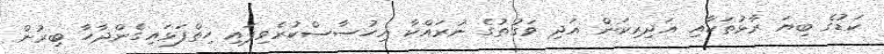
ކަޑުގެ ބިޔަ ރާޅުތަކާއި އަދިރިކަން އަދި ވަގުތުގެ ނުރައްކާ އިހުސާސްކުރެވިފައި ހިތްފަޅައިގެންދާހާ ބިރުން